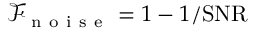
\mathcal { F } _ { \mathrm { ~ n ~ o ~ i ~ s ~ e ~ } } = 1 - 1 / \mathrm { S N R }